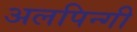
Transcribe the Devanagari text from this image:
अलपिन्गी